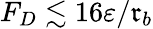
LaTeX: F_{D}\lesssim16\varepsilon/\mathfrak{r}_{b}